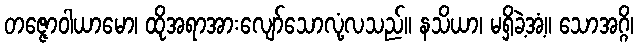
တဇ္ဇောဝါယာမော၊ ထိုအရာအားလျော်သောလုံ့လသည်။ နသိယာ၊ မရှိခဲ့အံ့။ သောအဂ္ဂိ၊